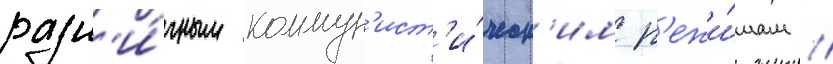
разл'и́чным коммун'ист'и́ческ'им р'ежи́мам /